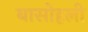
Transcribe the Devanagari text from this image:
बासोहली